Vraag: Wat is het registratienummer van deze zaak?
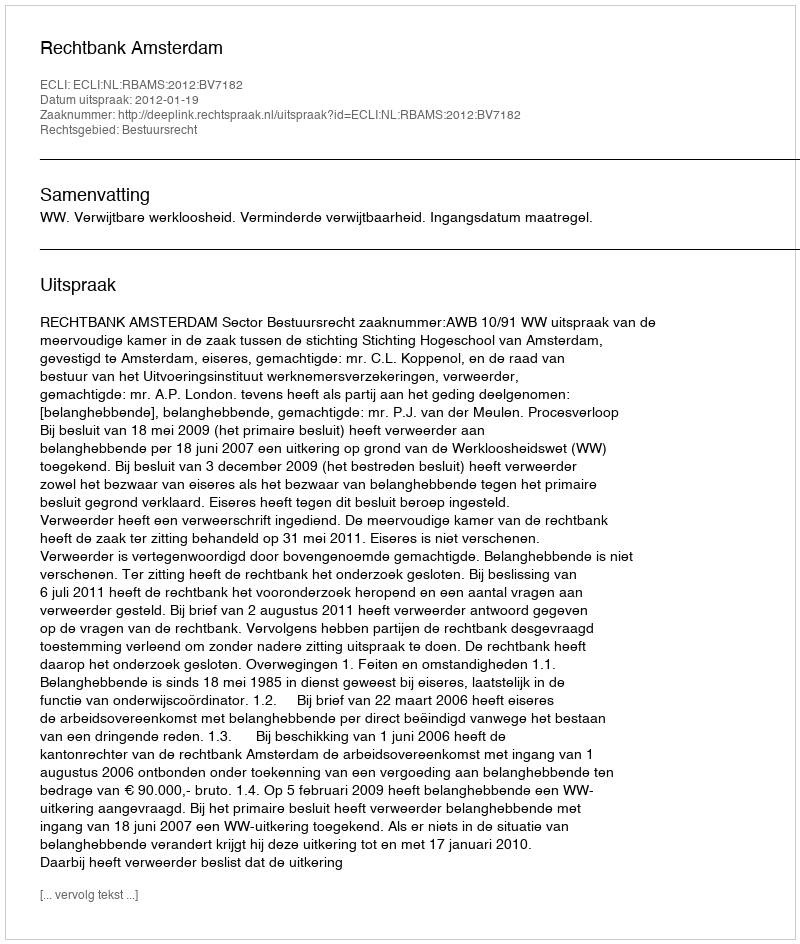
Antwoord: http://deeplink.rechtspraak.nl/uitspraak?id=ECLI:NL:RBAMS:2012:BV7182